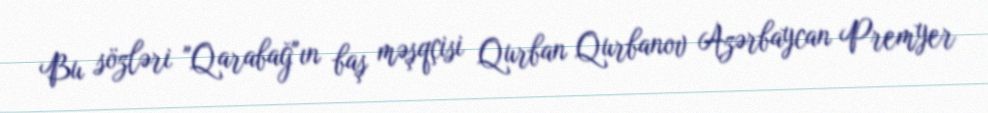
Bu sözləri "Qarabağ"ın baş məşqçisi Qurban Qurbanov Azərbaycan Premyer